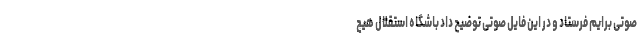
صوتی برایم فرستاد و در این فایل صوتی توضیح داد باشگاه استقلال هیچ‌